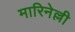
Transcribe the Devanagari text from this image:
मारिनेल्ली